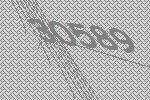
30589